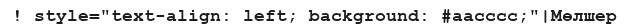
! style="text-align: left; background: #aacccc;"|Мөлшер